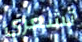
تشعري